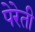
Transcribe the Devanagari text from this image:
पेरेती